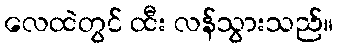
လေထဲတွင် ထီး လန်သွားသည်။